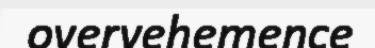
overvehemence